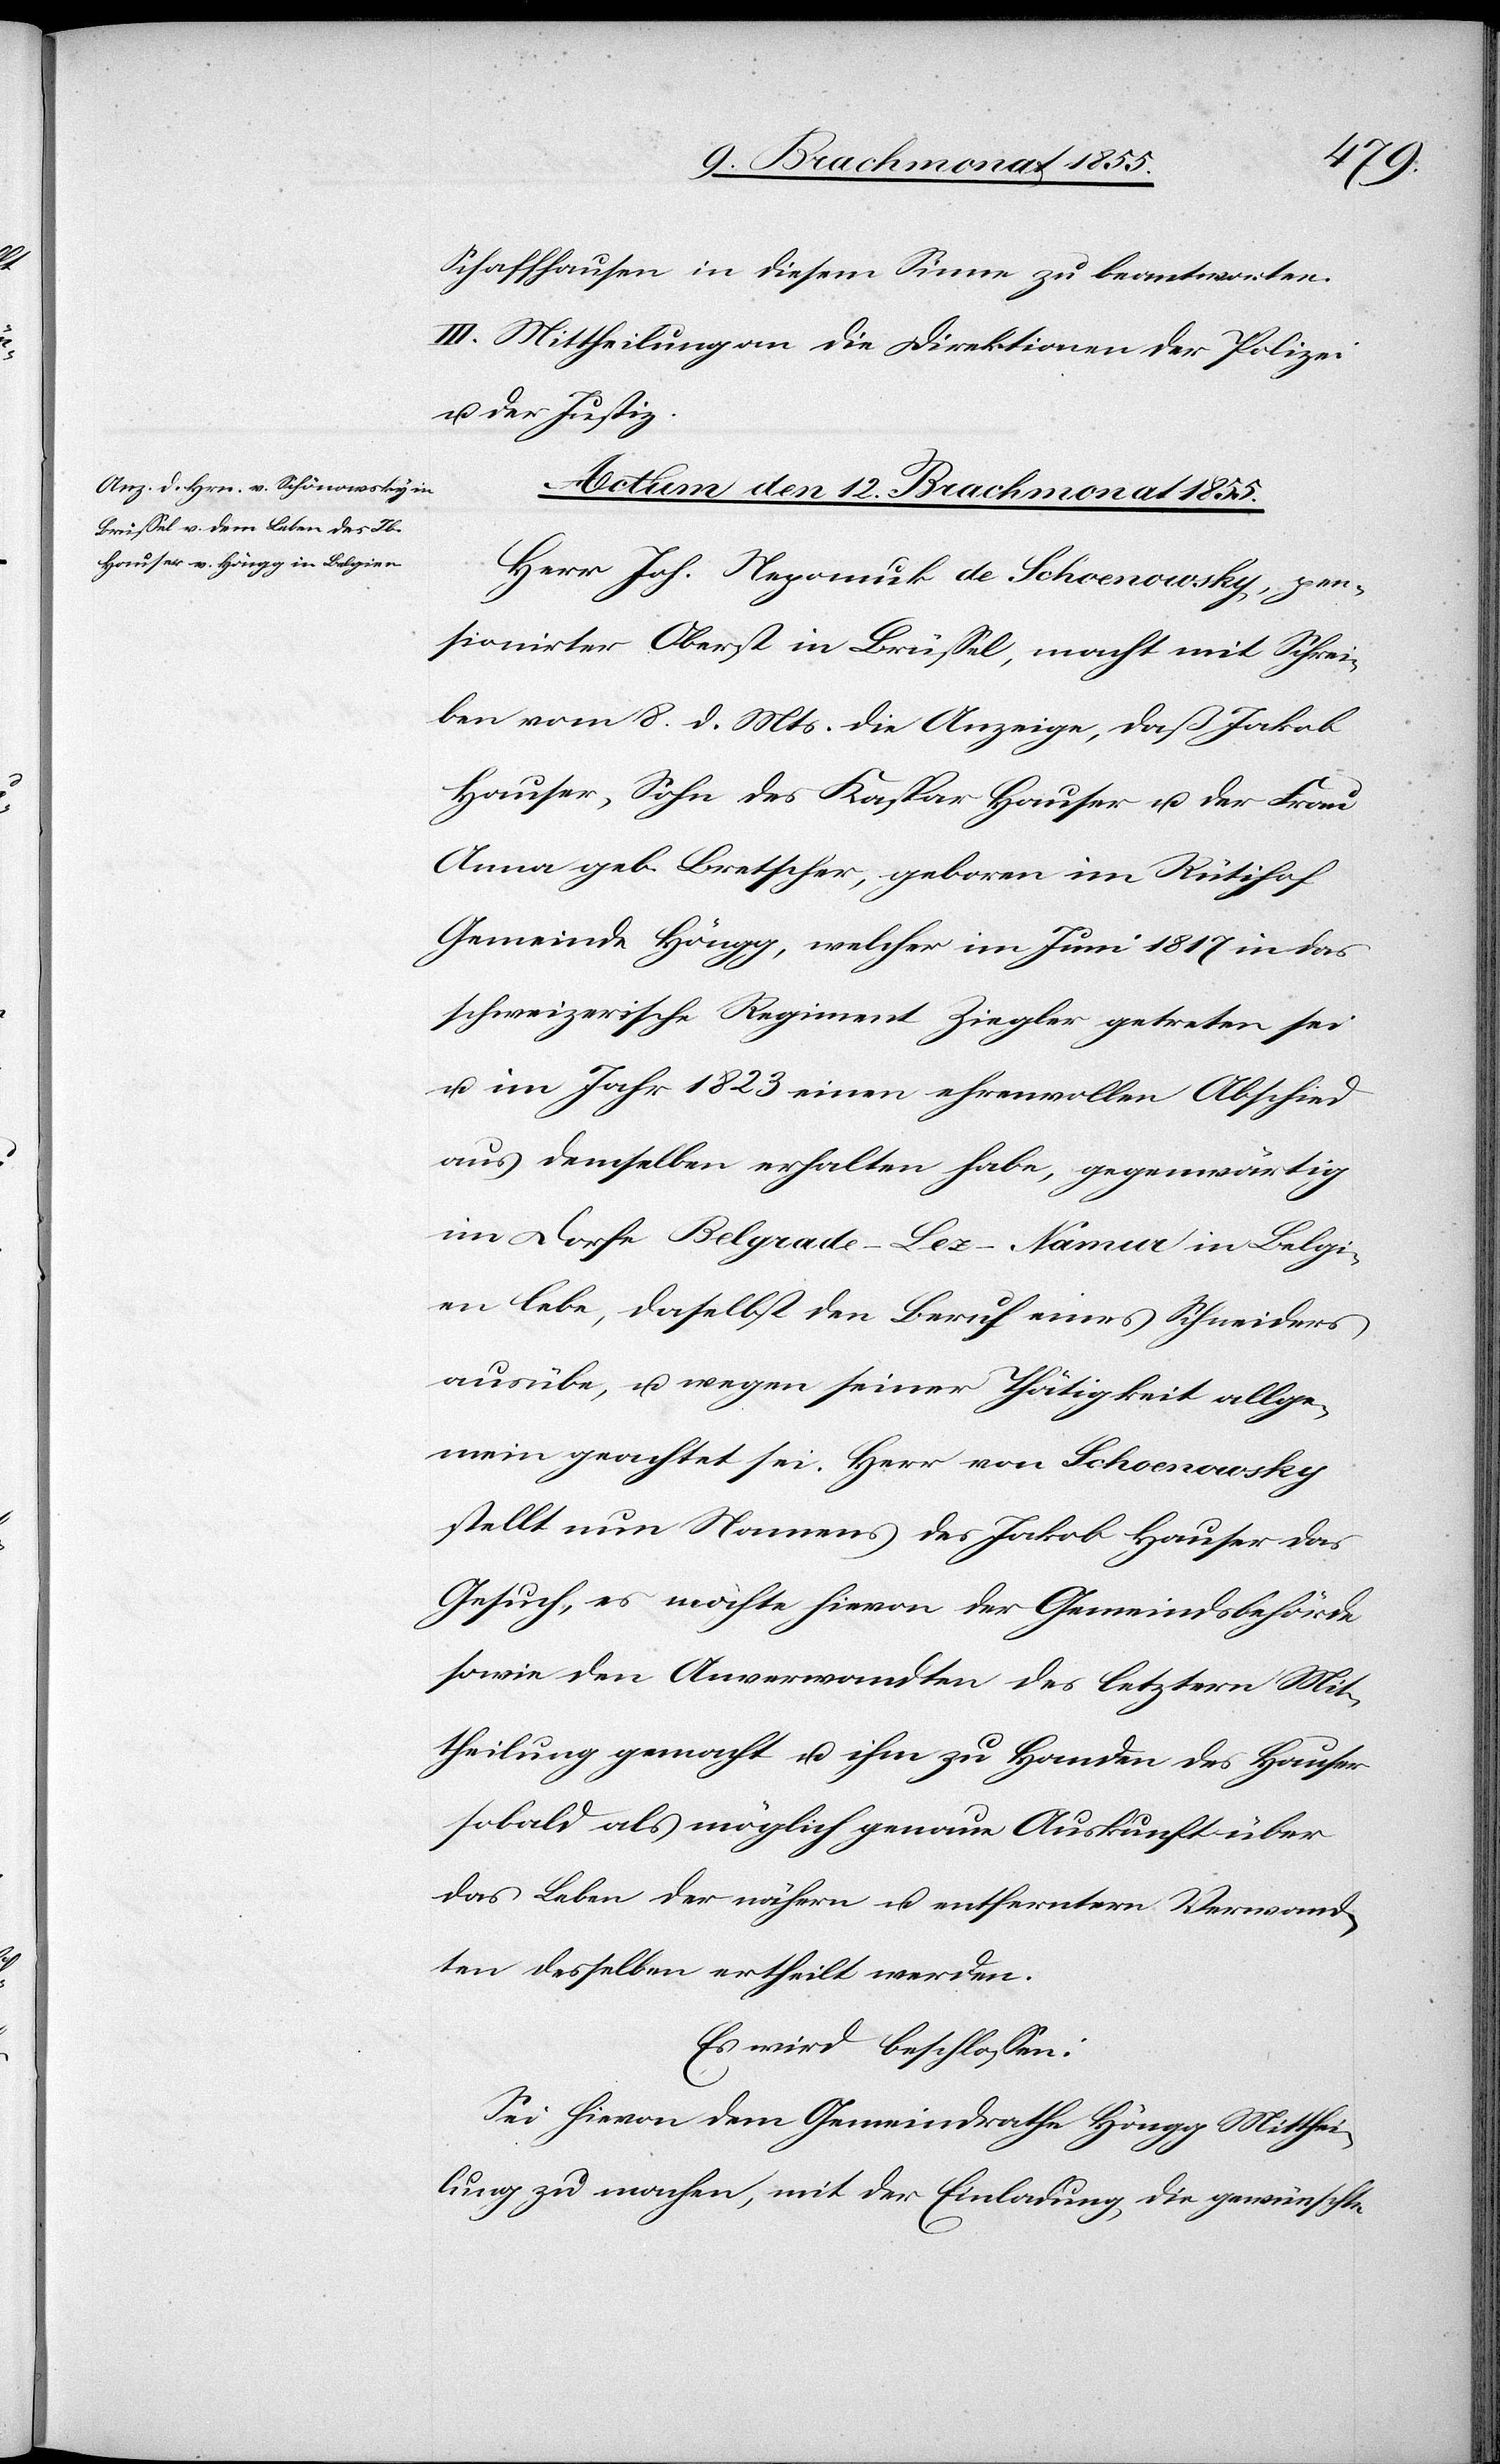
Schaffhausen in diesem Sinne zu beantworten.
III. Mittheilung an die Direktionen der Polizei
u. der Justiz.
Actum den 12. Brachmonat 1855.
Herr Joh. Nepomuk de Schoenowsky, pen¬
sionirter Oberst in Brüssel, macht mit Schrei¬
ben vom 8. d. Mts. die Anzeige, daß Jakob
Hauser, Sohn des Kaspar Hauser u. der Frau
Anna geb. Bretscher, geboren im Rütihof
Gemeinde Höngg, welcher im Juni 1817 in das
schweizerische Regiment Ziegler getreten sei
u. im Jahr 1823 einen ehrenvollen Abschied
aus demselben erhalten habe, gegenwärtig
im Dorfe Belgrade-Lez-Namur in Belgi¬
en lebe, daselbst den Beruf eines Schneiders
ausübe, u. wegen seiner Thätigkeit allge¬
mein geachtet sei. Herr von Schoenowsky
stellt nun Namens des Jakob Hauser das
Gesuch, es möchte hievon der Gemeindsbehörde
sowie den Anverwandten des letztern Mit¬
theilung gemacht u. ihm zu Handen des Hauser
sobald als möglich genaue Auskunft über
das Leben der nähern u. entferntern Verwand¬
ten desselben ertheilt werden.
Es wird beschlossen:
Sei hievon dem Gemeindrathe Höngg Mitthei¬
lung zu machen, mit der Einladung, die gewünschte